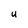
Character: u